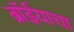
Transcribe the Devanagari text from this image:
ब्रॉईयाचा